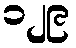
၁၂၉